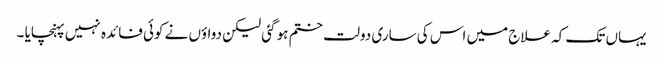
یہاں تک کہ علاج میں اس کی ساری دولت ختم ہو گئی لیکن دواؤں نے کوئی فائدہ نہیں پہنچایا ۔